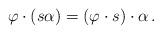
LaTeX: \begin{align*} \varphi \cdot (s\alpha) = (\varphi \cdot s) \cdot \alpha\,. \end{align*}